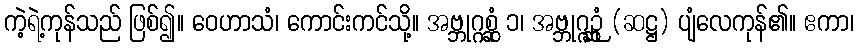
ကဲ့ရဲ့ကုန်သည် ဖြစ်၍။ ဝေဟာသံ၊ ကောင်းကင်သို့။ အဗ္ဘုဂ္ဂစ္ဆုံ ၁၊ အဗ္ဘုဂ္ဂဉ္ဆုံ (ဆဋ္ဌ) ပျံလေကုန်၏။ ဧကာ၊